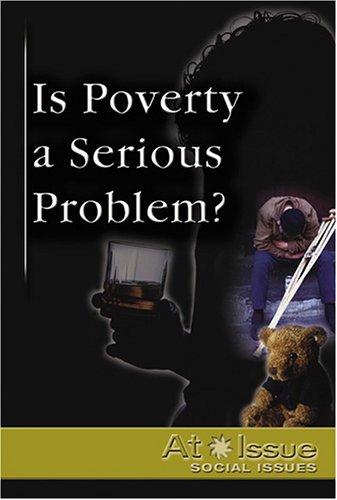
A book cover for Is Poverty a Serious Threat? (At Issue); Mercedes Munoz; Teen & Young Adult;